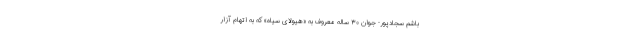
باشم سجادپور- جوان ۳۰ ساله معروف به «هیولای سیاه» که به اتهام آزار